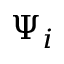
\Psi _ { i }